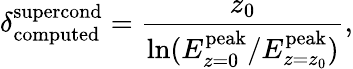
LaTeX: \delta_{\mathrm{computed}}^{\mathrm{supercond}}=\frac{z_{0}}{\ln({E_{z=0}^{\mathrm{peak}}/E_{z=z_{0}}^{\mathrm{peak}}})},